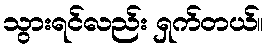
သွားရင်လည်း ရှက်တယ်။